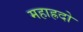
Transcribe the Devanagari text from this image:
महाह्रदो